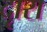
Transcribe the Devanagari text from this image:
दृारा